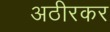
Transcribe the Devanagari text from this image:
अठीरकर